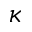
\kappa